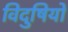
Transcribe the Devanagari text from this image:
विदुषियो